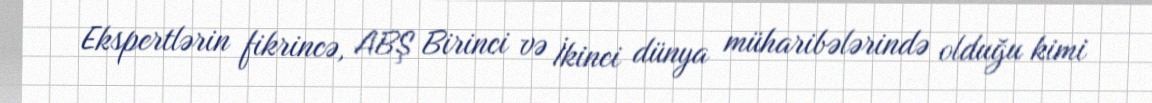
Ekspertlərin fikrincə, ABŞ Birinci və İkinci dünya müharibələrində olduğu kimi